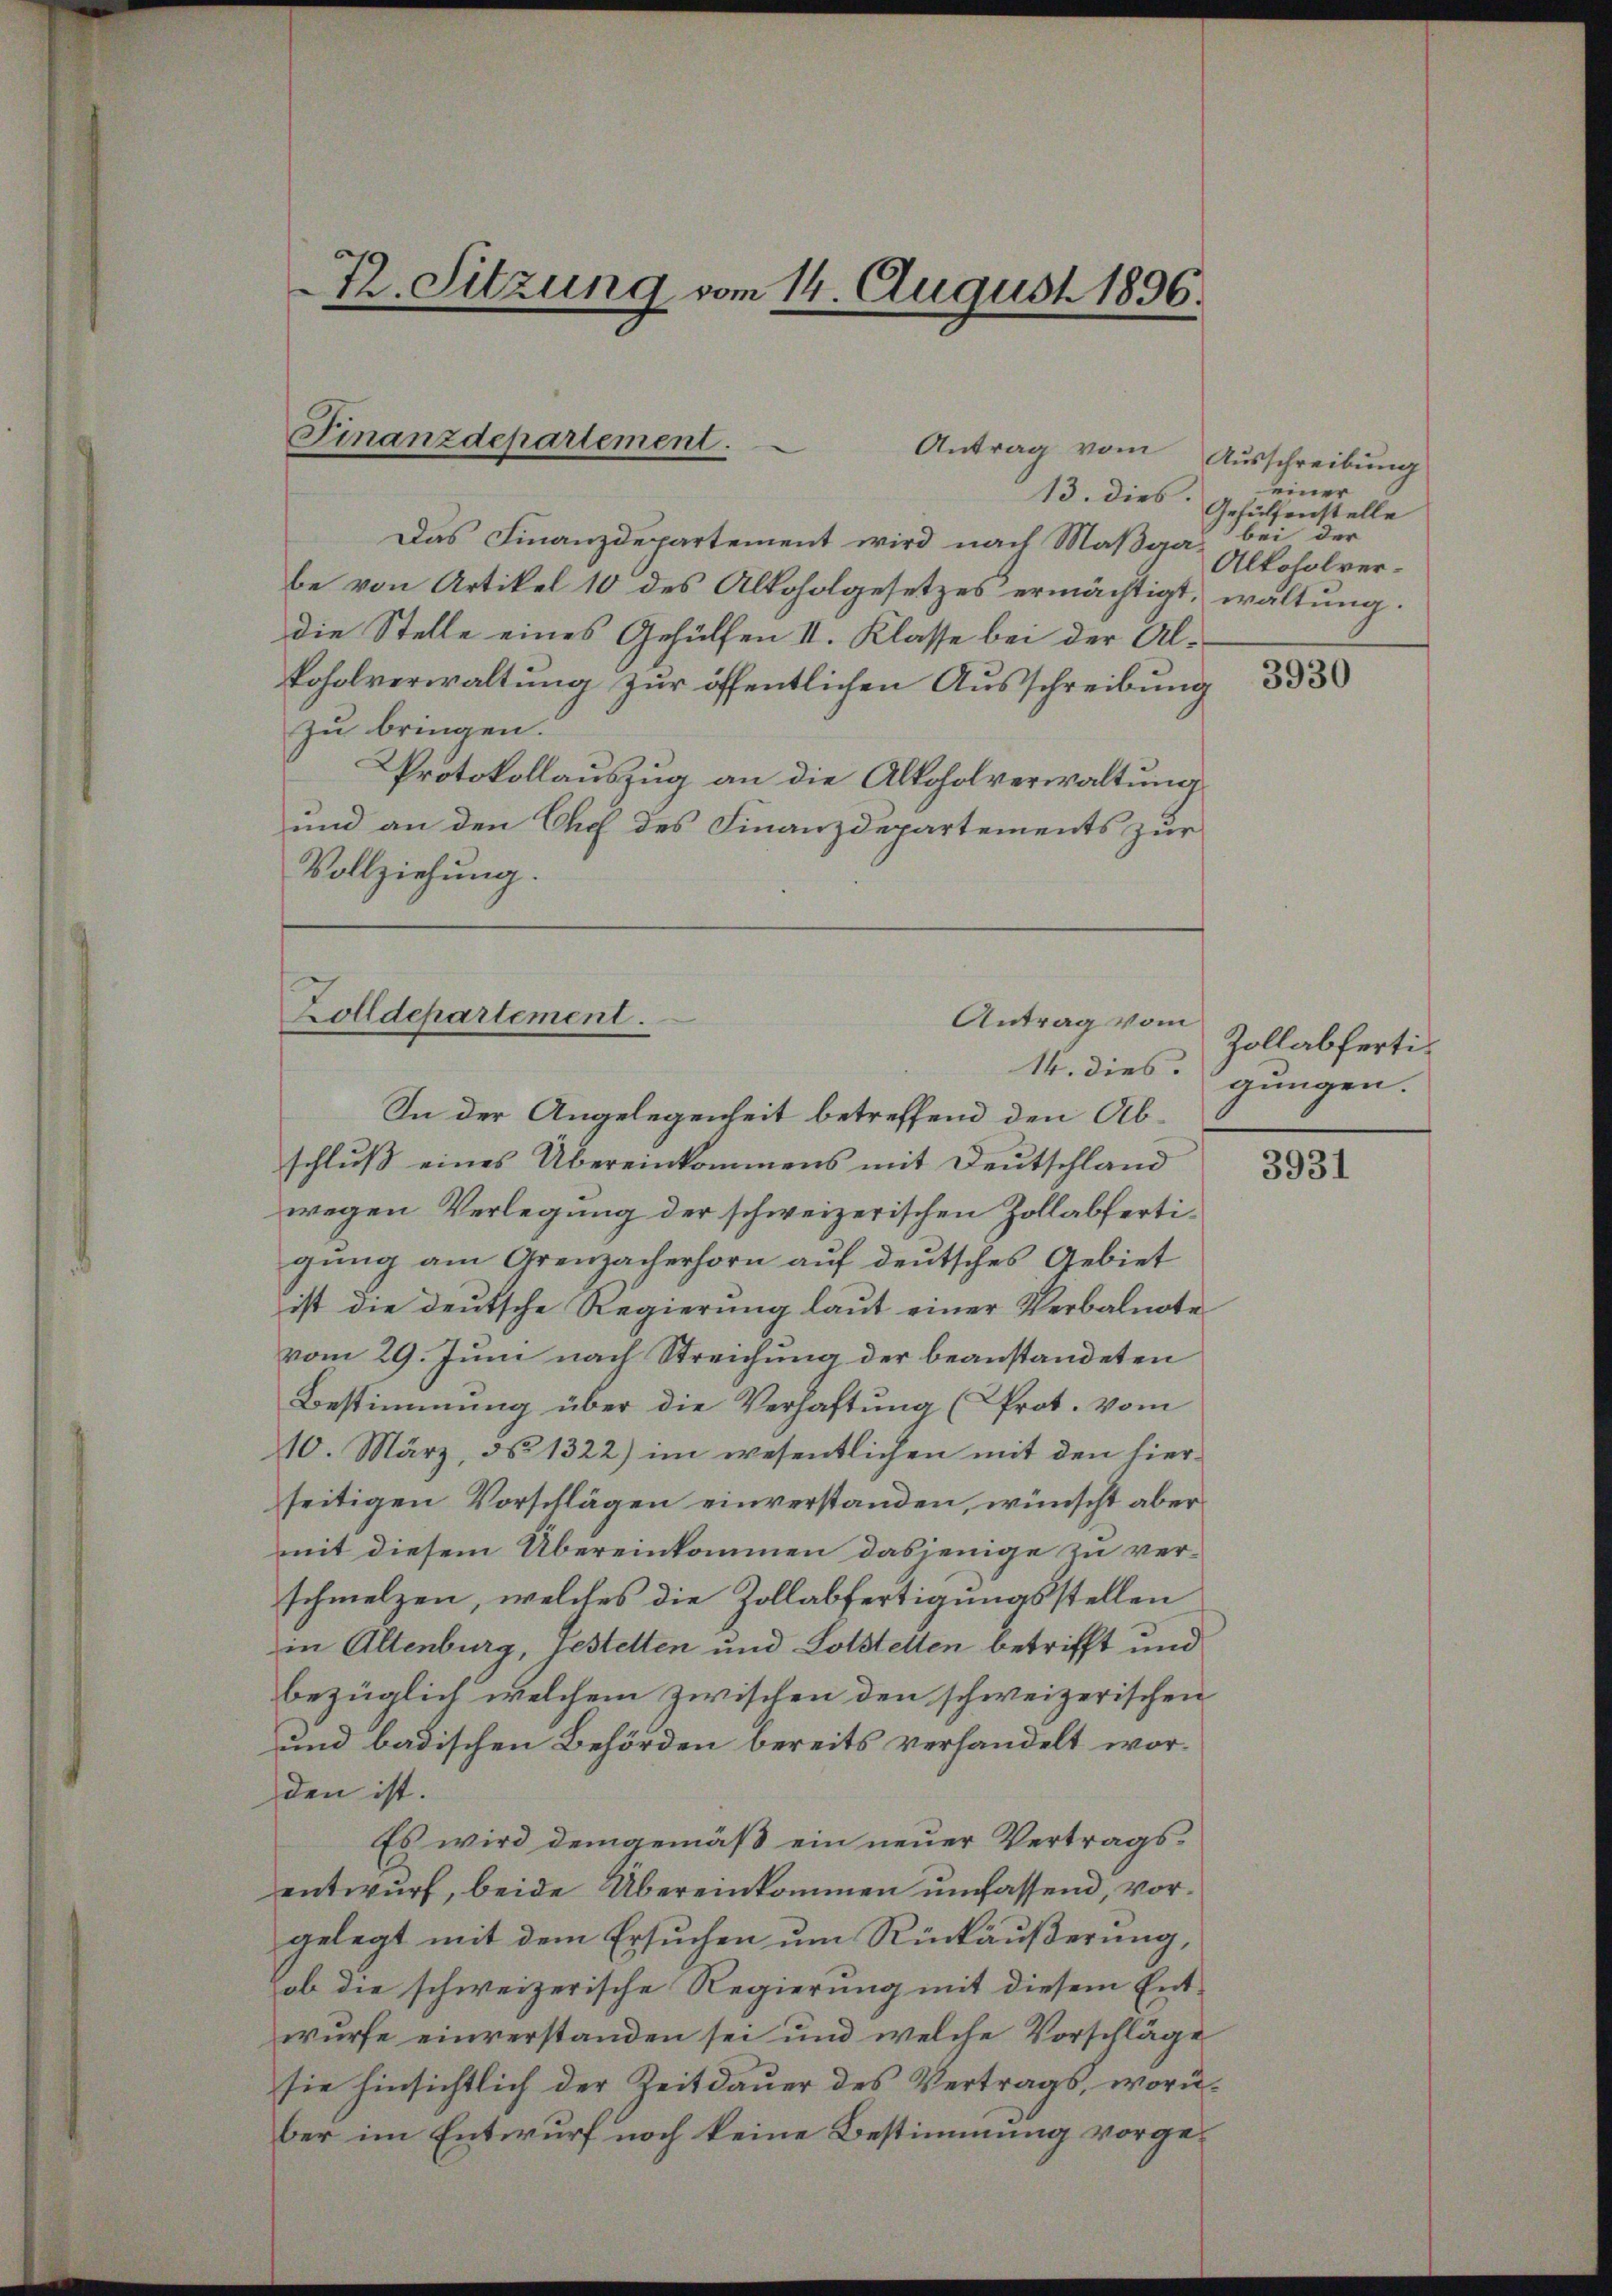
Th. Sitzung vom 14. August 1896.

Finanzdepartement.
.
Antrag vom Ausschreibung

13. dies
Das Finanzdepartement wird nach Maßgabe von Artikel 10 des Alkoholgesetzes ermächtigt, waltung.
die Stelle eines Gehülfen II. Klasse bei der Alkoholverwaltung zur öffentlichen Ausschreibung
zu bringen.
Protokollauszug an die Alkoholverwaltung
und an den Chef des Finanzdepartements zur
Vollziehung.

Zolldepartement.
Antrag von
14. dies.

In der Angelegenheit betreffend den Abschluß eines Übereinkommens mit Deutschland
wegen Verlegung der schweizerischen Zollabfertigung am Grenzacherhorn auf deutsches Gebiet
ist die deutsche Regierung laut einer Verbalnote
vom 29. Juni nach Streichung der beanstandeten
Bestimmung über die Verhaftung (Prot. vom
10. März, d. 1322) im wesentlichen mit den hierseitigen Vorschlägen einverstanden, wünscht aber
mit diesem Übereinkommen dasjenige zu verschmelzen, welches die Zollabfertigungsstellen
in Altenburg, Gestelten und Lotstellen betrifft und
bezüglich welchem zwischen den schweizerischen
und badischen Behörden bereits verhandelt worden ist.
Es wird demgemäß ein neuer Vertragsentwurf, beide Übereinkommen umfassend, vorgelegt mit dem Ersuchen um Rückäußerung,
ob die schweizerische Regierung mit diesem Ent-
wurfe einverstanden sei und welche Vorschläge
sie hinsichtlich der Zeitdauer des Vertrags, worüber im Entwurf noch keine Bestimmung vorge¬

einer
Gehülfenstelle
bei der
Alkoholver-

3930

e
Zollabfertigungen. |

3931